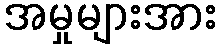
အမှုများအား